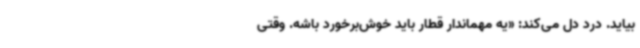
بیاید. درد دل می‌کند: «یه مهماندار قطار باید خوش‌برخورد باشه. وقتی